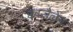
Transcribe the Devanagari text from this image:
क्वाजैलेन